Lunatic asylums Madras 1892-1911 - 1892-1911
Year: 1892
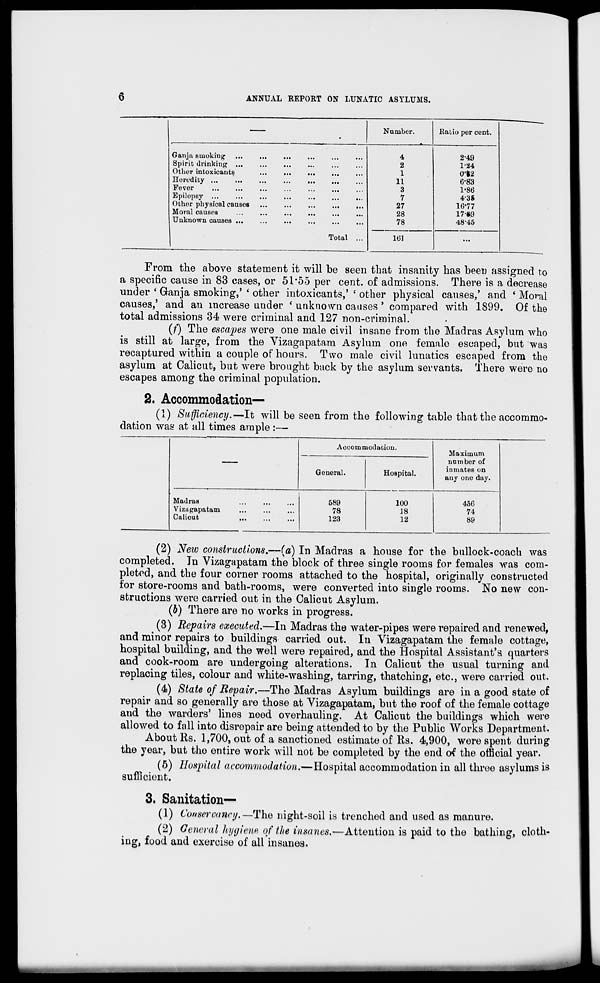
6
ANNUAL REPOKT ON LUNATIC ASYLUMS.
Gatijii smoking 1
Spirit drinking ...
Other intoxicants
Heredity ...
...
Fever
...
...
Epilepsy ...
Other physical causes
Moral causes
Unknown causes ...
Total ..
Number.
.Ratio per cent.
4
2-49
2
124
1
0^2
11
6-83
3
1-86
7
4-35
27
10-77
28
17»9
78
48-45
lt>]
...
From the above statement it will be seen that insanity has been assigned to
a specific cause in 83 cases, or 51*55 per cent, of admissions. There is a decrease
under • Ganja smoking,' ' other intoxicants,' ' other physical causes,' and ' Moral
causes,' and an increase under ' unknown causes ' compared with 1899. Of the
total admissions 34 were criminal and 127 non-criminal.
(/') The escapes were one male civil insane from the Madras Asylum who
is still at large, from the Vizagapatam Asylum one female escaped, but was
recaptured within a couple of hours. Two male civil lunatics escaped from the
asylum at Calicut, but were brought back by the asylum servants. There were no
escapes among the criminal population.
2. Accommodation—
(1) Sufficiency.—It will be seen from the following table that the accommo-
dation was at all times ample :—
Accommodation.
General.
Hospital.
Maximum
number of
inmates on
any one day.
Madras
Vizagapatam
Calicut
589
78
123
100
18
12
456
74
89
(2) New constructions.—(a) In Madras a house for the bullock-coach was
completed. In Vizagapatam the block of three single rooms for females was com-
pleted, and the four corner rooms attached to the hospital, originally constructed
for store-rooms and bath-rooms, were converted into single rooms. No new con-
structions were carried out in the Calicut Asylum.
(b) There are no works in progress.
(3) Repairs executed.—In Madras the water-pipes were repaired and renewed,
and minor repairs to buildings carried out. In Vizagapatam the female cottage,
hospital building, and the well were repaired, and the Hospital Assistant's quarters
and cook-room are undergoing alterations. In Calicut the usual turning and
replacing tiles, colour and white-washing, tarring, thatching, etc., were carried out.
(4) State of Repair.—The Madras Asylum buildings are in a good state of
repair and so generally are those at Vizagapatam, but the roof of the female cottage
and the warders' lines need overhauling. At Calicut the buildings which were
allowed to fall into disrepair are being attended to by the Public Works Department.
About Rs. 1,700, out of a sanctioned estimate of Rs. 4,900, were spent during
the year, but the entire work will not be completed by the end erf the official year.
(5) Hospital accommodation.—Hospital accommodation in all three asylums is
sufficient.
3. Sanitation—
(1) Conservancy.—The night-soil is trenched and used as manure.
(2) General hygiene, of the insanes.—Attention is paid to the bathing, cloth-
ing, food and exercise of all insanes.